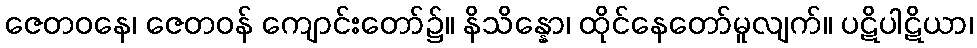
ဇေတဝနေ၊ ဇေတဝန် ကျောင်းတော်၌။ နိသိန္နော၊ ထိုင်နေတော်မူလျက်။ ပဋိပါဋိယာ၊